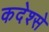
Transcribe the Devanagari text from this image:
कदेश्से